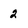
Character: 2